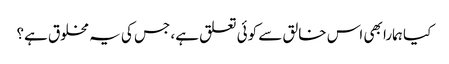
کیا ہمارا بھی اس خالق سے کوئی تعلق ہے، جس کی یہ مخلوق ہے؟